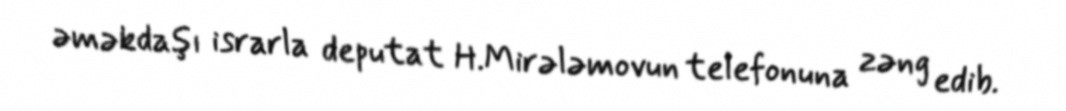
əməkdaşı israrla deputat H.Mirələmovun telefonuna zəng edib.